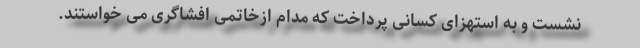
نشست و به استهزای کسانی پرداخت که مدام ازخاتمی افشاگری می خواستند.